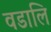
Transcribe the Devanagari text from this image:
वडालि